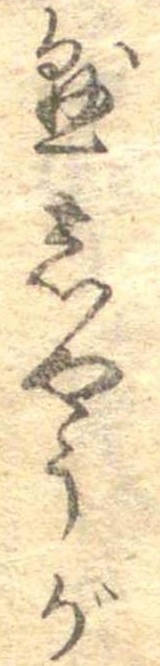
懸しやうが